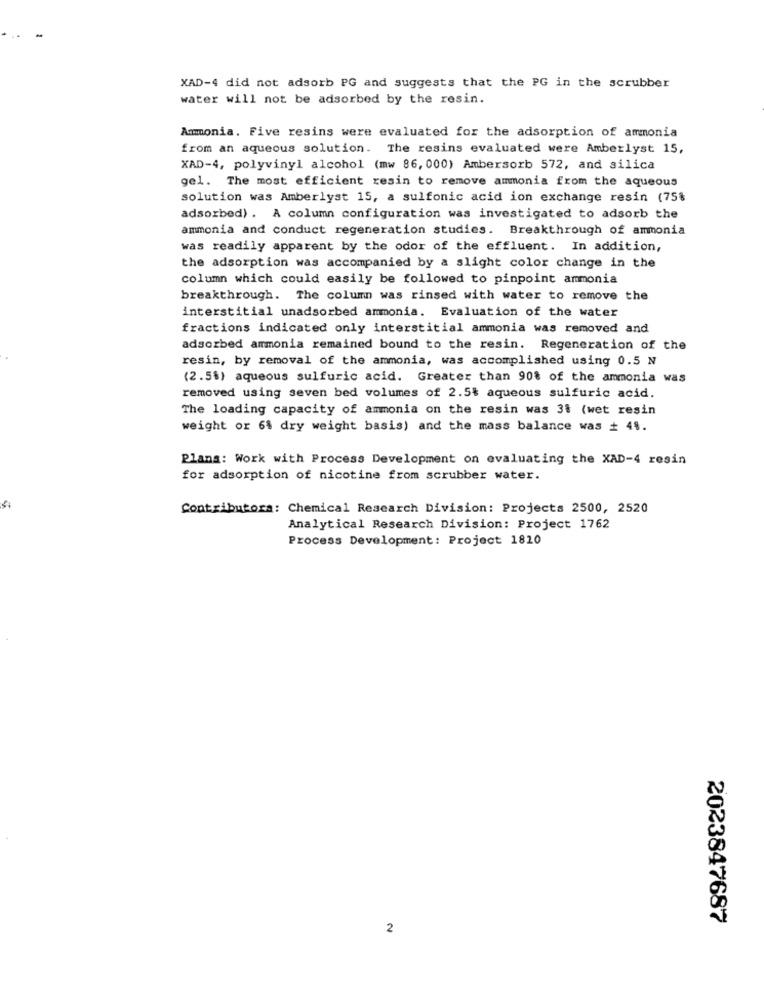
XAD-4 did not adsorb PG and suggests that the PG in the scrubber
water will not be adsorbed by the resin.
Ammonia. Five resins were evaluated for the adsorption of ammonia
from an aqueous solution. The resins evaluated were Amberlyst 15,
XAD-4, polyvinyl alcohol (mw 86, 000) Ambersorb 572, and silica
gel. The most efficient resin to remove ammonia from the aqueous
solution was Amberlyst 15, a sulfonic acid ion exchange resin (75%
adsorbed) . A column configuration was investigated to adsorb the
ammonia and conduct regeneration studies. Breakthrough of ammonia
was readily apparent by the odor of the effluent. In addition,
the adsorption was accompanied by a slight color change in the
column which could easily be followed to pinpoint ammonia
breakthrough. The column was rinsed with water to remove the
interstitial unadsorbed ammonia. Evaluation of the water
fractions indicated only interstitial ammonia was removed and
adsorbed ammonia remained bound to the resin. Regeneration of the
resin, by removal of the ammonia, was accomplished using 0.5 N
(2.5%) aqueous sulfuric acid. Greater than 90% of the ammonia was
removed using seven bed volumes of 2.5% aqueous sulfuric acid.
The loading capacity of ammonia on the resin was 3% (wet resin
weight or 6% dry weight basis) and the mass balance was + 41.
Plans: Work with Process Development on evaluating the XAD-4 resin
for adsorption of nicotine from scrubber water.
Contributora: Chemical Research Division: Projects 2500, 2520
Analytical Research Division: Project 1762
Process Development: Project 1820
2023847687
2